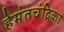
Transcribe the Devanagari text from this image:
हेमंतचंद्रिका